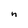
Character: n